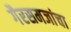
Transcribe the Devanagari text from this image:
गैरसमजांचा